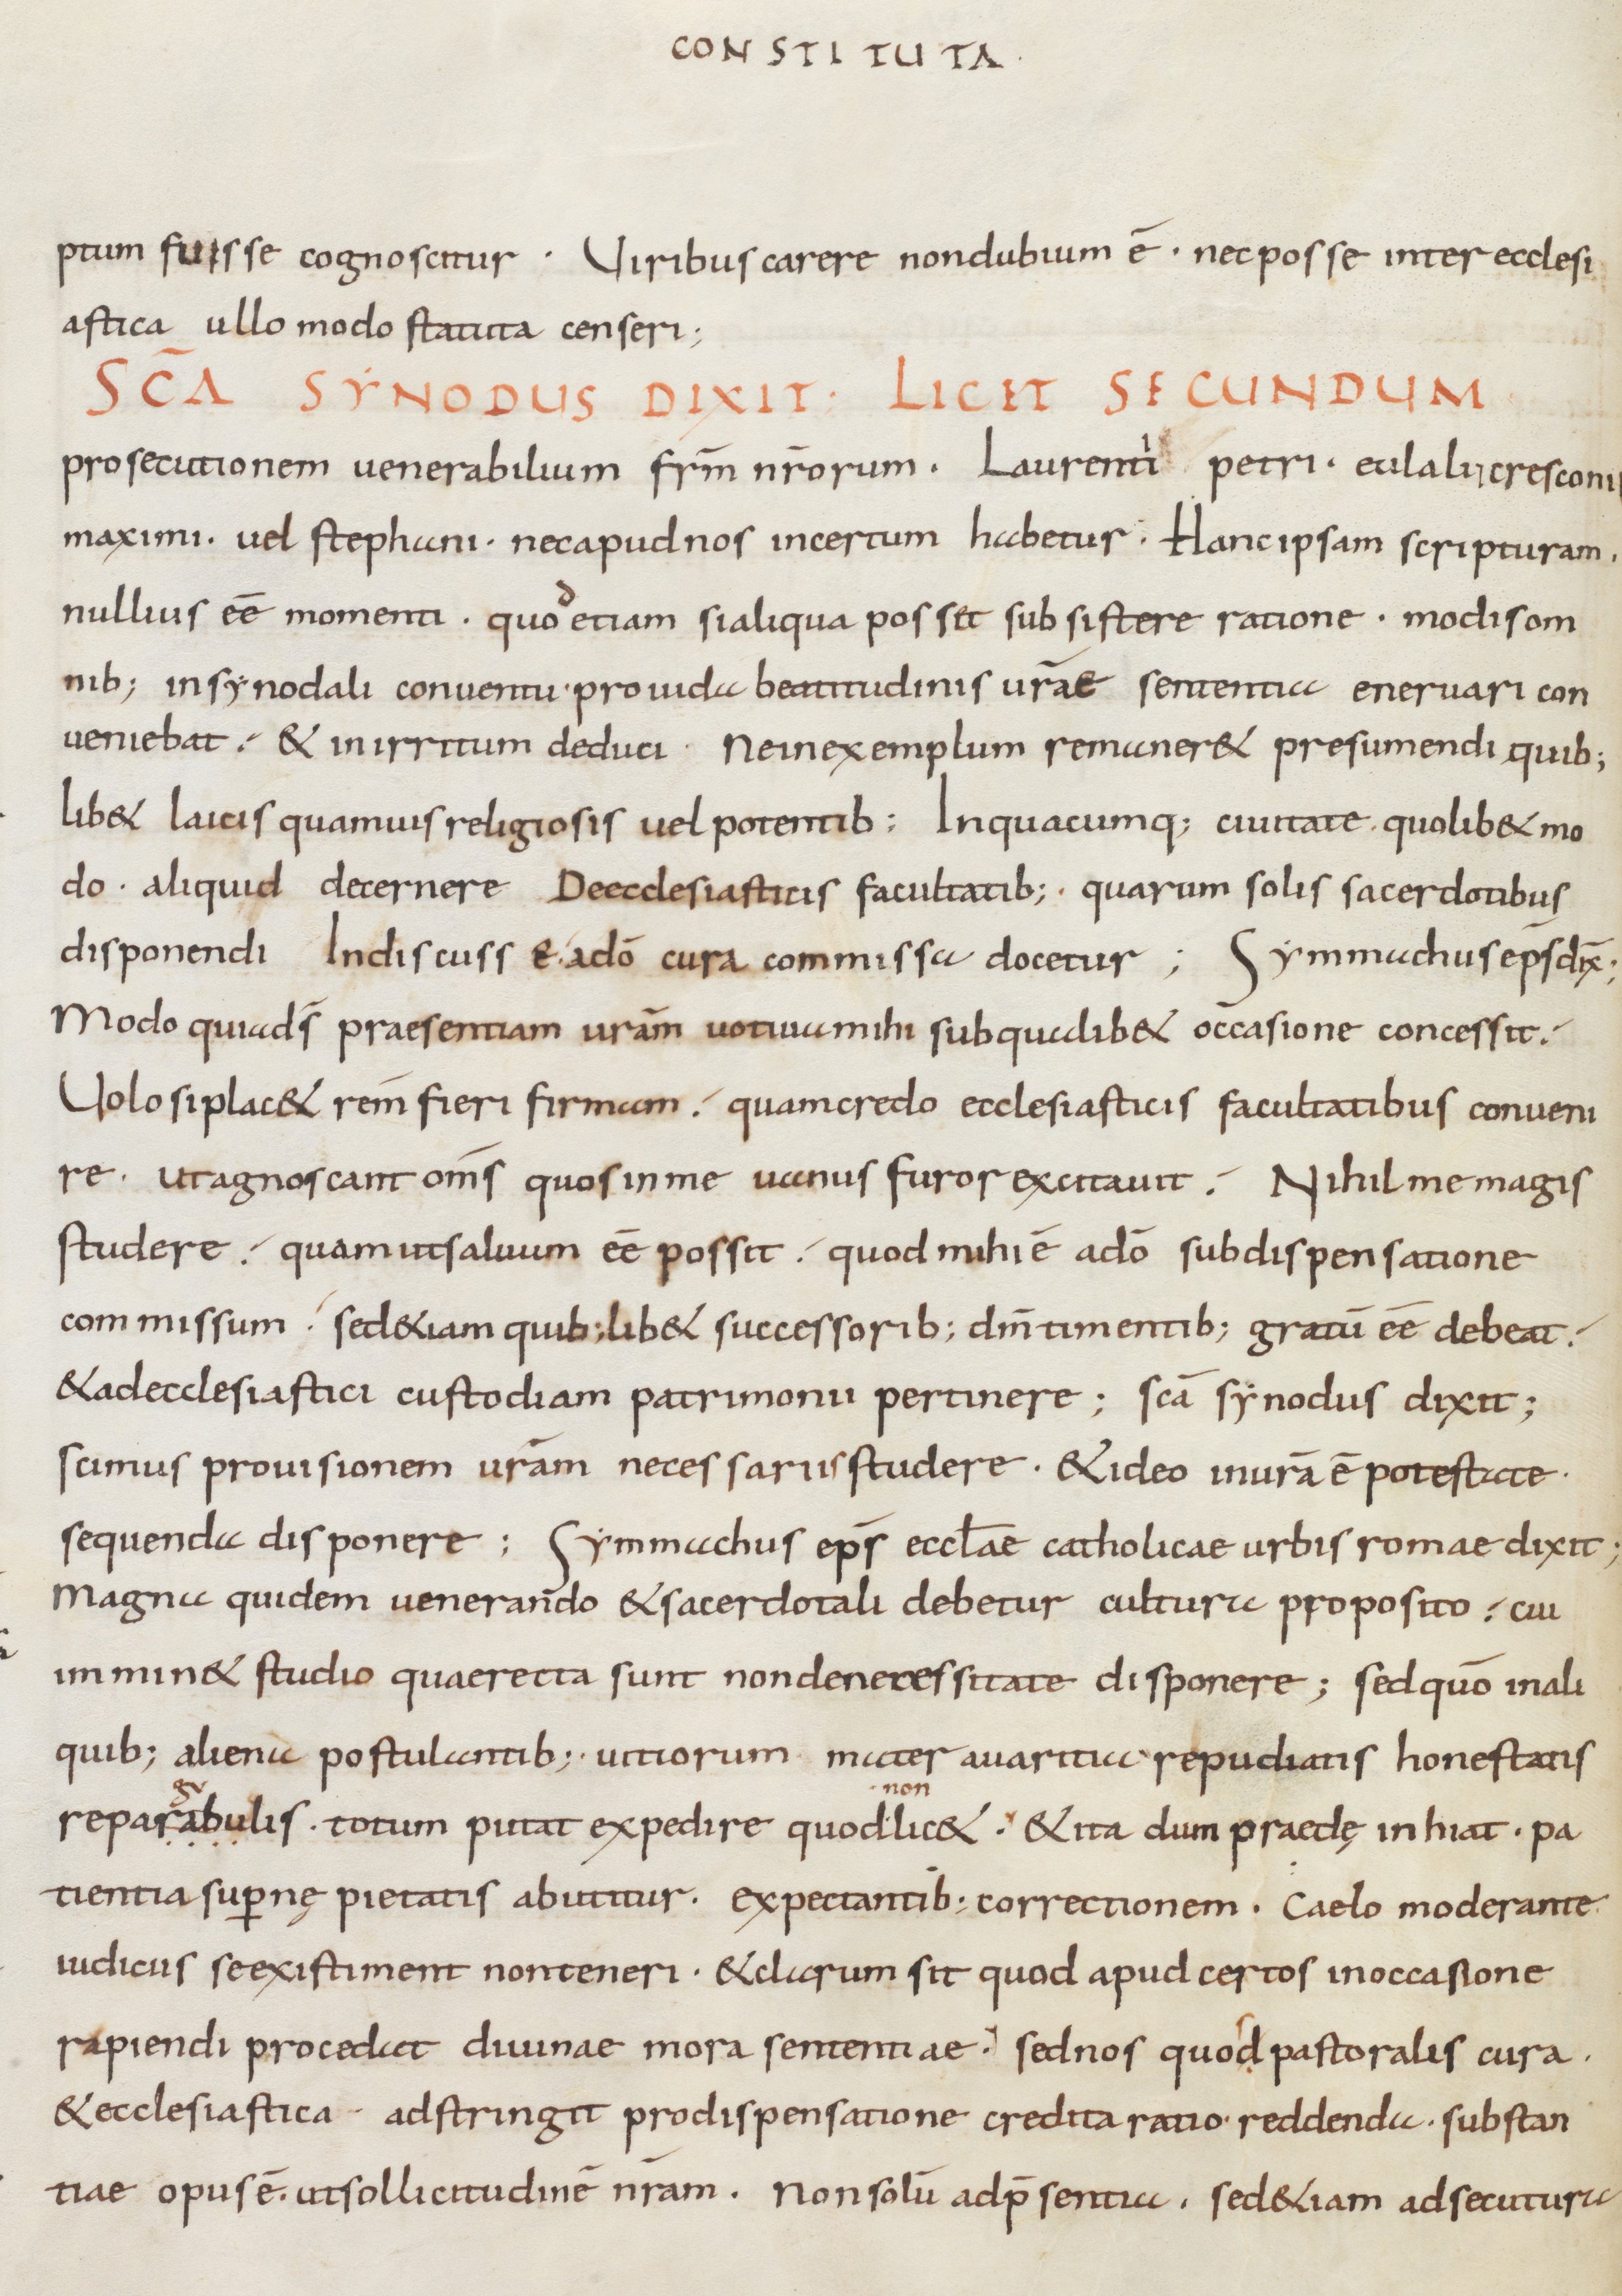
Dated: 805–865